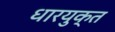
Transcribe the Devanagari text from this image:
धारयुक्त